Medical and sanitary report of the native army of Madras for the year
Year: 1878
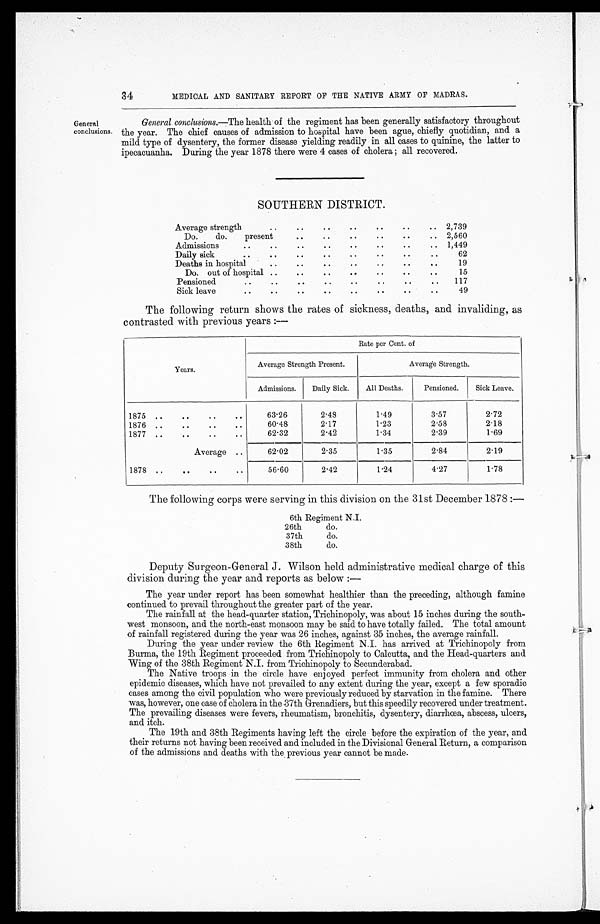
34
MEDICAL AND SANITARY REPORT OF THE NATIVE ARMY OF MADRAS.
General
conclusions.
General conclusions.—The health of the regiment has been generally satisfactory throughout
the year. The chief causes of admission to hospital have been ague, chiefly quotidian, and a
mild type of dysentery, the former disease yielding readily in all cases to quinine, the latter to
ipecacuanha. During the year 1878 there were 4 cases of cholera; all recovered.
SOUTHERN DISTRICT.
Average strength
. .
. .
. .
..
. .
. . .. 2,739
Do.
do.
present
..
. .
..
. .
..
.. 2,560
Admissions
..
..
. .
. .
. . ..
. . .. 1,449
Daily sick
. .
. .
. .
. .
. .
. .
. . . .
62
Deaths in hospital
. .
. .
. .
..
. .
..
..
19
Do. out of hospital ..
. . ..
. .
..
..
..
15
Pensioned
..
..
..
. .
. .
. .
. .
117
Sick leave
..
. .
. .
. .
. .
. .
. . ..
49
The following return shows the rates of sickness, deaths, and invaliding, as
contrasted with previous years :—
Years.
Rate per Cent. of
Average Strength Present.
Average Strength.
Admissions. Daily Sick.
All Deaths.
Pensioned.
Sick Leave.
1875 ..
..
..
..
63.26
2.48
1.49
3.57
2.72
1876 ..
. .
. .
. .
60.48
2.17
1.23
2.58
2.18
1877 ..
..
..
..
62.32
2.42
1.34
2.39
1.69
Average ..
62.02
2.35
1.35
2.84
2.19
1878 ..
. .
..
. .
56.60
2.42
1.24
4.27
1.78
The following corps were serving in this division on the 31st December 1878 :—
6th Regiment N.I.
26th
do.
37th
do.
38th
do.
Deputy Surgeon-General J. Wilson held administrative medical charge of this
division during the year and reports as below :—
The year under report has been somewhat healthier than the preceding, although famine
continued to prevail throughout the greater part of the year.
The rainfall at the head-quarter station, Trichinopoly, was about 15 inches during the south-
- w e s t m o n s o o n , a n d t h e n o r t h - e a s t m o n s o o n m a y b e s a i d t o h a v e t o t a l l y f a i l e d . T h e t o t a l a m o u n t
of rainfall registered during the year was 26 inches, against 35 inches, the average rainfall.
During the year under review the 6th Regiment N.I. has arrived at Trichinopoly from
Burma, the 19th Regiment proceeded from Trichinopoly to Calcutta, and the Head-quarters and
Wing of the 38th Regiment N.I. from Trichinopoly to Secunderabad.
The Native troops in the circle have enjoyed perfect immunity from cholera and other
epidemic diseases, which have not prevailed to any extent during the year, except a few sporadic
cases among the civil population who were previously reduced by starvation in the famine. There
was, however, one case of cholera in the 37th Grenadiers, but this speedily recovered under treatment.
The prevailing diseases were fevers, rheumatism, bronchitis, dysentery, diarrhœa, abscess, ulcers,
and itch.
The 19th and 38th Regiments having left the circle before the expiration of the year, and
their returns not having been received and included in the Divisional General Return, a comparison
of the admissions and deaths with the previous year cannot be made.